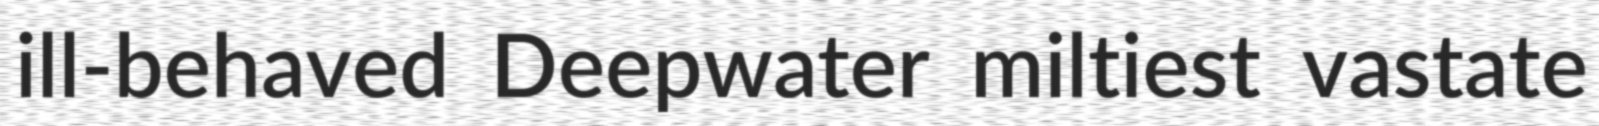
ill-behaved Deepwater miltiest vastate